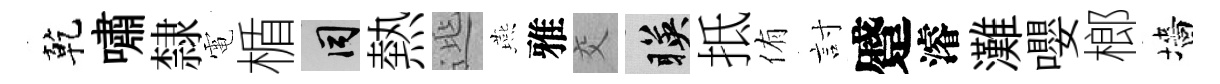
乾嘯隸電楯间熱𨓱燕雅交暎抵侑討蹙濬灘嚶榔墻